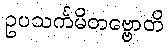
ဥပသင်္ကမိတဗ္ဗောတိ